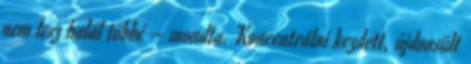
nem lesz halál többé – mondta. Koncentrálni kezdett, újdonsült